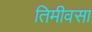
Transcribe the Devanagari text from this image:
तिमीवसा